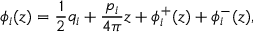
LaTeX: \phi _ { i } ( z ) = \frac { 1 } { 2 } q _ { i } + \frac { p _ { i } } { 4 \pi } z + \phi _ { i } ^ { + } ( z ) + \phi _ { i } ^ { - } ( z ) ,